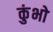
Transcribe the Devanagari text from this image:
कुंभो